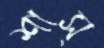
শাস্‌